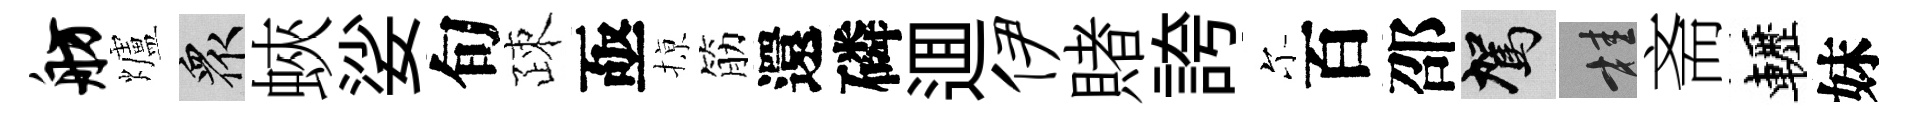
舫爐衆蛺娑旬疎亟𢱊筋還磷逥伊賭誇尓百邵駕桂斋轣妹